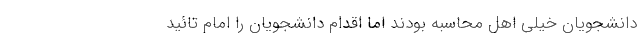
دانشجویان خیلی اهل محاسبه بودند اما اقدام دانشجویان را امام تائید